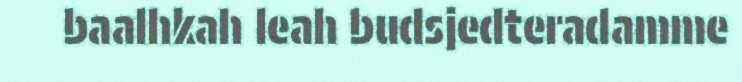
baalhkah leah budsjedteradamme